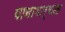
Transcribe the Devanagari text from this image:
यानामार्फात